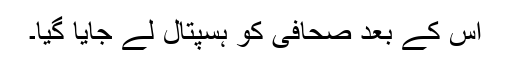
اس کے بعد صحافی کو ہسپتال لے جایا گیا۔